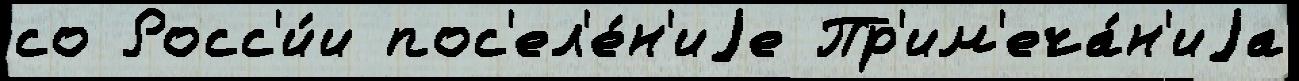
со Росс'и́и пос'ел'е́н'иjе Пр'им'еча́н'иjа